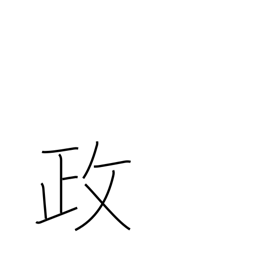
Meaning: politics